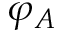
\varphi _ { A }